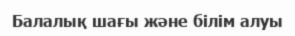
Балалық шағы және білім алуы